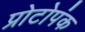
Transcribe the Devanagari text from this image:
प्रोटोपंक